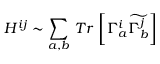
H ^ { i j } \sim \sum _ { a , b } \, T r \, \left[ \Gamma _ { a } ^ { i } \widetilde { \Gamma _ { b } ^ { j } } \right]